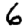
Digit: 6